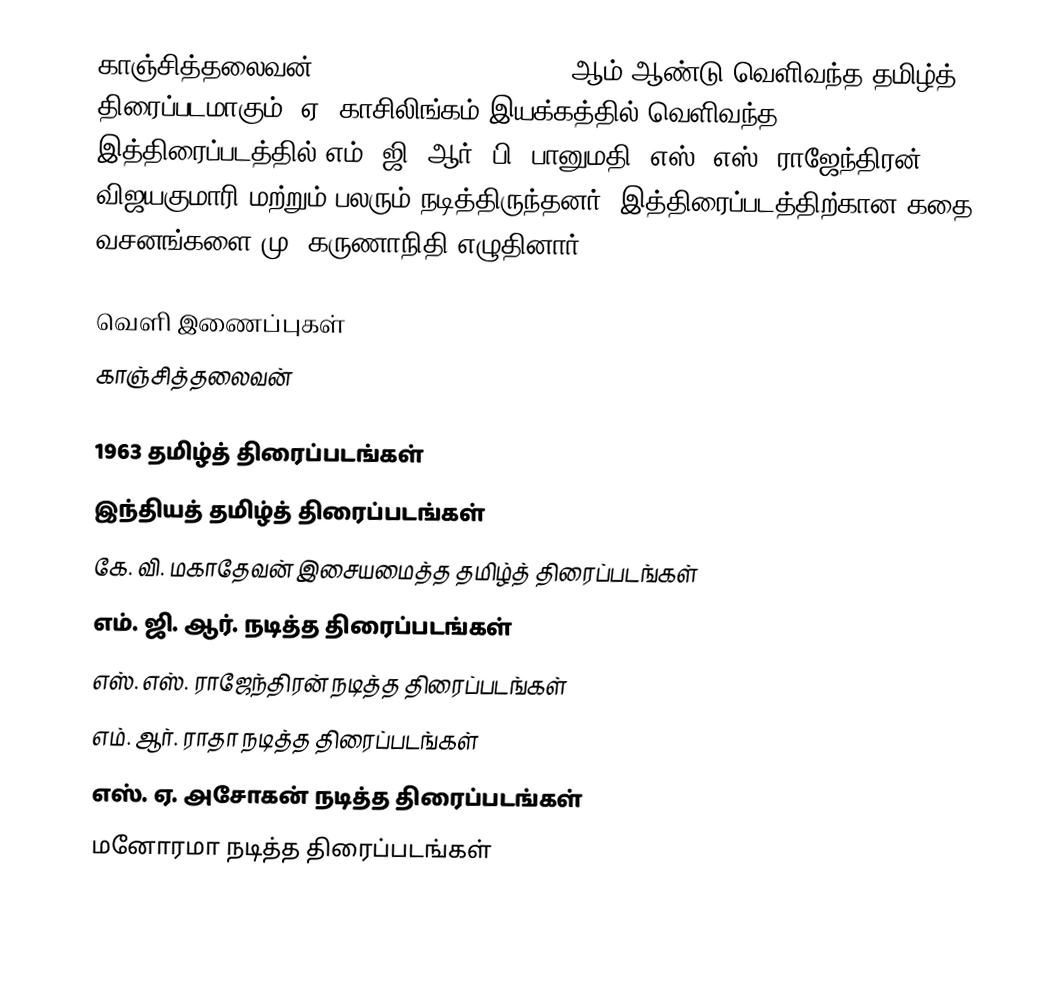
காஞ்சித்தலைவன் (Kaanchi Thalaivan) 1963 ஆம் ஆண்டு வெளிவந்த தமிழ்த் திரைப்படமாகும். ஏ. காசிலிங்கம் இயக்கத்தில் வெளிவந்த இத்திரைப்படத்தில் எம். ஜி. ஆர், பி. பானுமதி, எஸ். எஸ். ராஜேந்திரன், விஜயகுமாரி மற்றும் பலரும் நடித்திருந்தனர். இத்திரைப்படத்திற்கான கதை, வசனங்களை மு. கருணாநிதி எழுதினார்.

வெளி இணைப்புகள்
 காஞ்சித்தலைவன்

1963 தமிழ்த் திரைப்படங்கள்
இந்தியத் தமிழ்த் திரைப்படங்கள்
கே. வி. மகாதேவன் இசையமைத்த தமிழ்த் திரைப்படங்கள்
எம். ஜி. ஆர். நடித்த திரைப்படங்கள்
எஸ். எஸ். ராஜேந்திரன் நடித்த திரைப்படங்கள்
எம். ஆர். ராதா நடித்த திரைப்படங்கள்
எஸ். ஏ. அசோகன் நடித்த திரைப்படங்கள்
மனோரமா நடித்த திரைப்படங்கள்